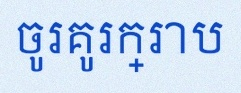
ចូរគូរក្រាប